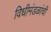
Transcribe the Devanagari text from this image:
विधीमंडळांची